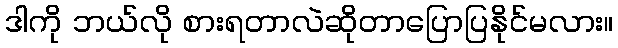
ဒါကို ဘယ်လို စားရတာလဲဆိုတာပြောပြနိုင်မလား။